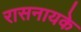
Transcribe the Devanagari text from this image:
रासनायके